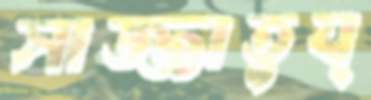
সাজ্জাতুয্